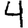
Digit: 4